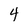
Character: 4